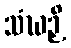
သံဃဉှိ